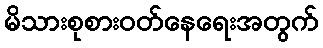
မိသားစုစားဝတ်နေရေးအတွက်